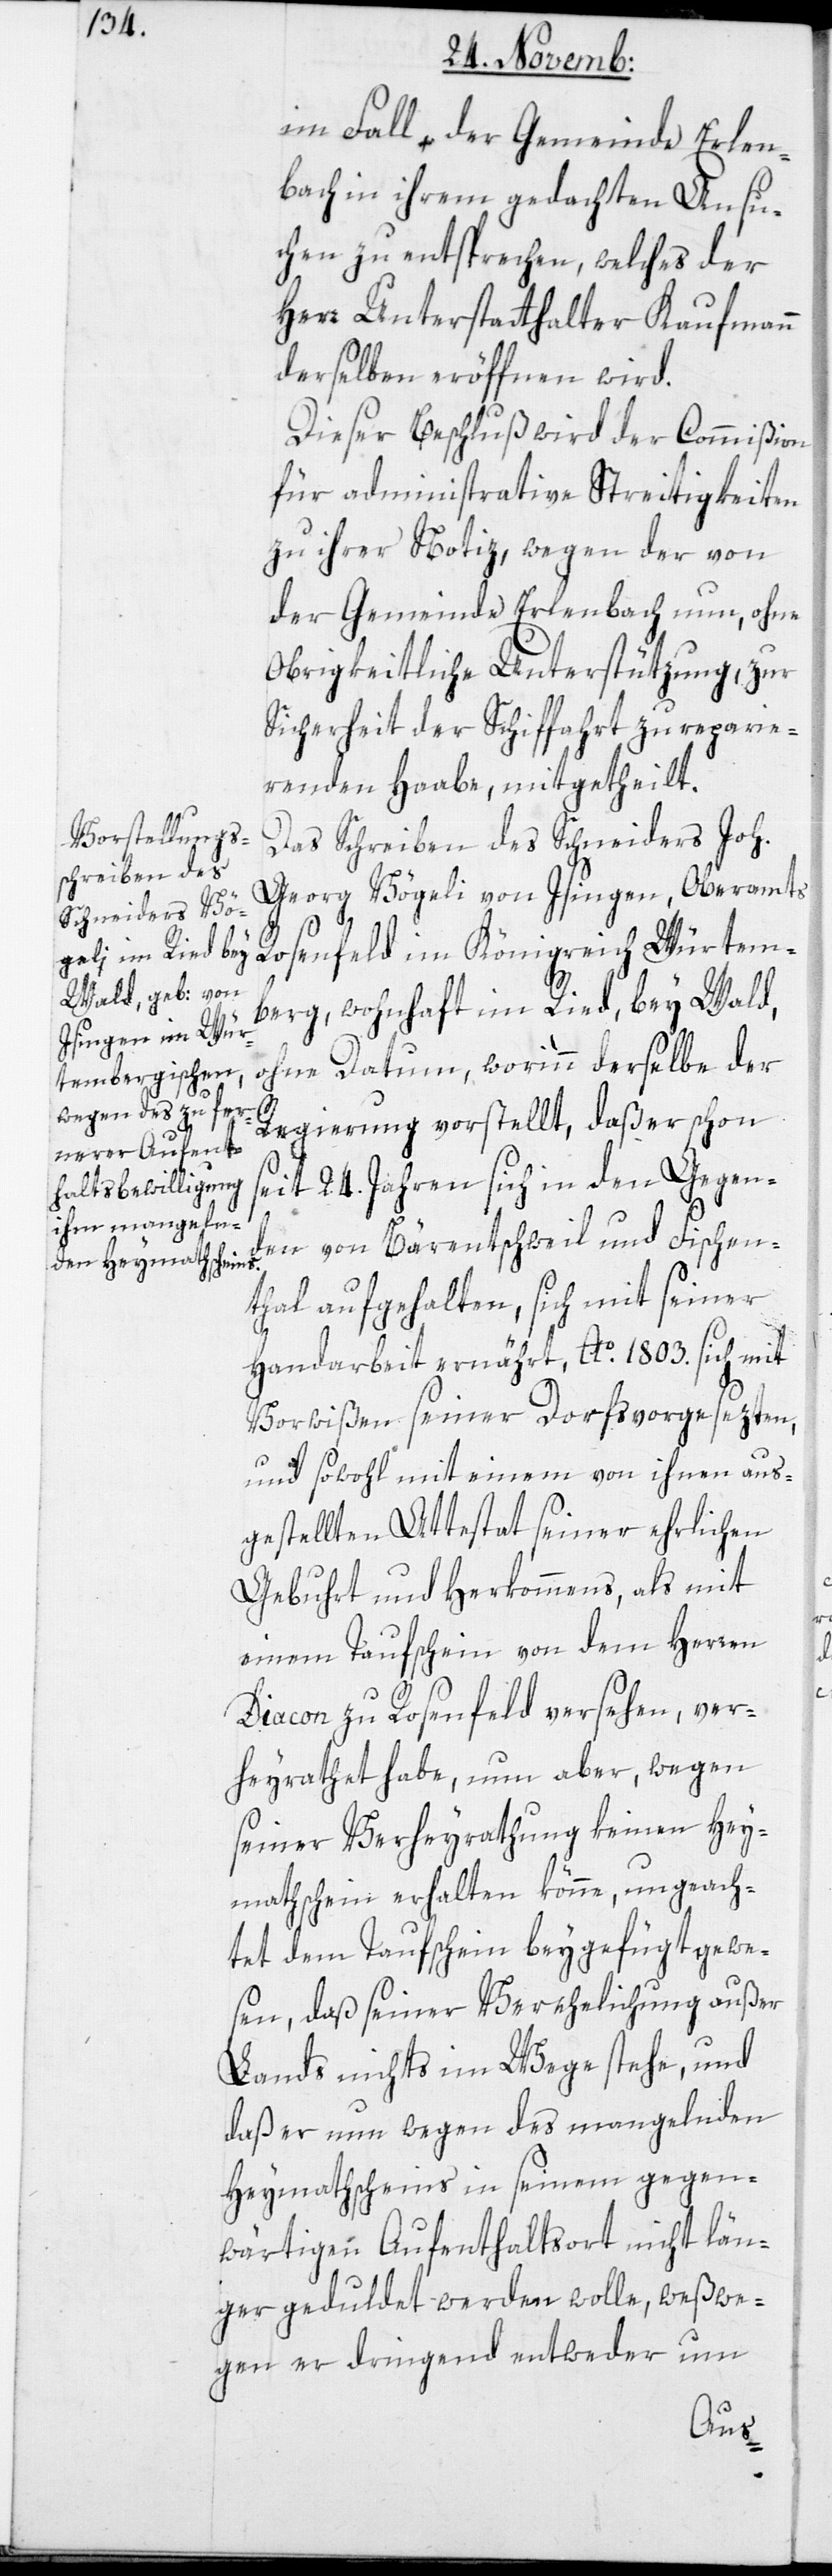
im Fall der Gemeinde Erlen¬
bach in ihrem gedachten Ansu¬
chen zu entsprechen, welches der
Herr Unterstatthalter Kaufmann
derselben eröffnen wird.
Dieser Beschluß wird der Commißion
für administrative Streitigkeiten
zu ihrer Notiz, wegen der von
der Gemeinde Erlenbach nun, ohne
Obrigkeitliche Unterstützung, zur
Sicherheit der Schiffahrt zu reparie¬
renden Haabe, mitgetheilt.
Das Schreiben des Schneiders Joh.
Georg Vögeli von Isingen, Oberamts
Rosenfeld im Königreich Würtem¬
berg, wohnhaft im Ried, bey Wald,
ohne Datum, worinn derselbe der
Regierung vorstellt, daß er schon
seit 24. Jahren sich in den Gegen¬
den von Bärentschweil und Fischen¬
thal aufgehalten, sich mit seiner
Handarbeit ernährt, Ao. 1803. sich mit
Vorwißen seiner Dorfsvorgesezten,
und sowohl mit einem von ihnen aus¬
gestellten Attestat seiner ehrlichen
Gebuhrt und Herkommens, als mit
einem Taufschein von dem Herren
Diacon zu Rosenfeld versehen, ver¬
heyrathet habe, nun aber, wegen
seiner Verheyrathung keinen Hey¬
mathschein erhalten könne, ungeach¬
tet dem Taufschein beygefügt gewe¬
sen, daß seiner Verehelichung außer
Lands nichts im Wege stehe, und
daß er nun wegen des mangelnden
Heymathscheins in seinem gegen¬
wärtigen Aufenthaltsort nicht län¬
ger geduldet werden wolle, weßwe¬
gen er dringend entweder um